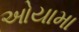
ઓયામા